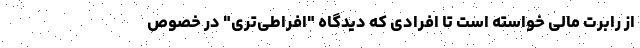
از رابرت مالی خواسته است تا افرادی که دیدگاه "افراطی‌تری" در خصوص